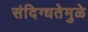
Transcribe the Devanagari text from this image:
संदिग्धतेमुळे